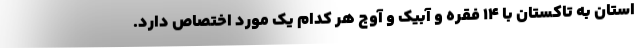
استان به تاکستان با ۱۴ فقره و آبیک و آوج هر کدام یک مورد اختصاص دارد.